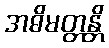
အဓိမတ္တန္တိ